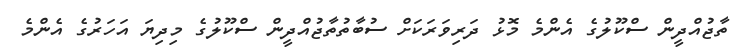
ތާޖުއްދީން ސްކޫލުގެ އެންމެ މޮޅު ދަރިވަރަކަށް ސުބާތުތާޖުއްދީން ސްކޫލުގެ މިދިޔަ އަހަރުގެ އެންމެ